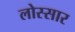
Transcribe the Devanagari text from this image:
लोस्सार